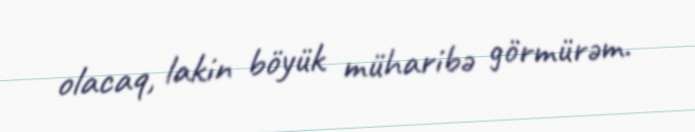
olacaq, lakin böyük müharibə görmürəm.